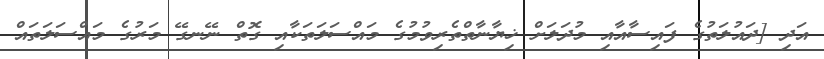
އަދި [ދައުލަތުގެ ފައިސާއާއި މުދަލަށް ޚިޔާނާތްތެރިވުމުގެ މައްސަލަތަކާއި ގޮތް ނޭނގޭ މަރުގެ މައްސަލަތައް